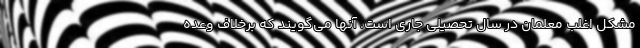
مشکل اغلب معلمان در سال تحصیلی جاری است. آنها می‌گویند که برخلاف وعده